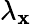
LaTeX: \lambda_{\mathbf{x}}